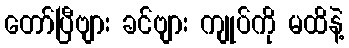
တော်ပြီဗျား ခင်ဗျား ကျုပ်ကို မထိနဲ့